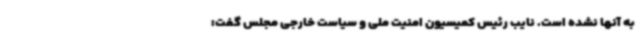
به آنها نشده است. نایب رئیس کمیسیون امنیت ملی و سیاست خارجی مجلس گفت: